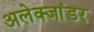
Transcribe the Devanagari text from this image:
अलेक्जांडर